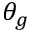
\theta _ { g }